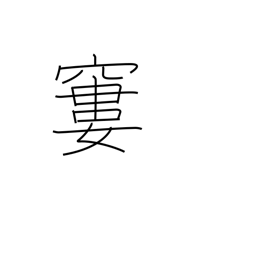
Meaning: emaciated